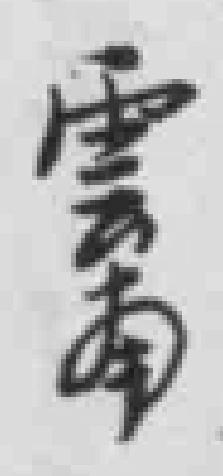
雲南